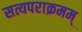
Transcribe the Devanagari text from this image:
सत्यपराक्रमम्